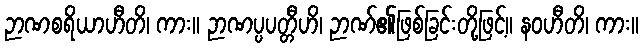
ဉာဏစရိယာဟီတိ၊ ကား။ ဉာဏပ္ပပတ္တီဟိ၊ ဉာဏ်၏ဖြစ်ခြင်းတို့ဖြင့်။ နဝဟီတိ၊ ကား။